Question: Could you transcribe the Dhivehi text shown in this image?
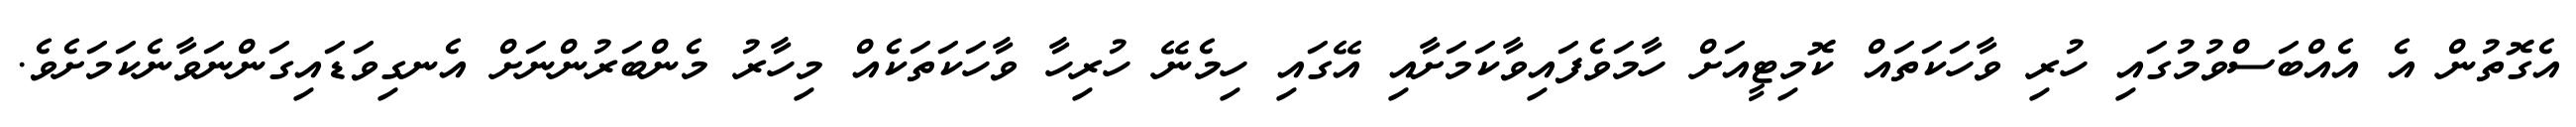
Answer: އެގޮތުން އެ އެއްބަސްވުމުގައި ހުރި ވާހަކަތައް ކޮމިޓީއަށް ހާމަވެފައިވާކަމަށާއި އޭގައި ހިމެނޭ ހުރިހާ ވާހަކަތަކެއް މިހާރު މެންބަރުންނަށް އެނގިވަޑައިގަންނަވާނެކަމަށެވެ.